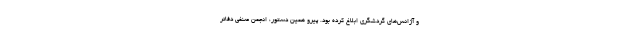
و آژانس‌های گردشگری ابلاغ کرده بود. پیرو همین دستور، انجمن صنفی دفاتر